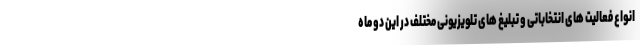
انواع فعالیت های انتخاباتی و تبلیغ های تلویزیونی مختلف در این دو ماه